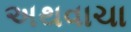
અથવાચા